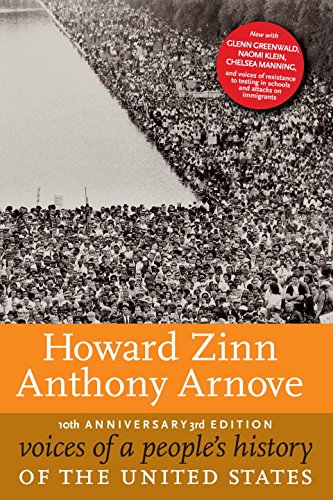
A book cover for Voices of a People's History of the United States, 10th Anniversary Edition; Howard Zinn; History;